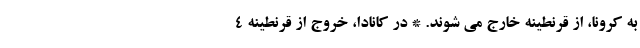
به کرونا، از قرنطینه خارج می شوند. * در کانادا، خروج از قرنطینه ۴